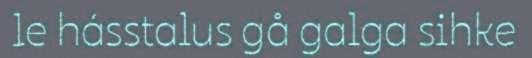
le hásstalus gå galga sihke